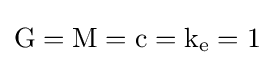
{\rm {G=M=c=k_{e}=1}}